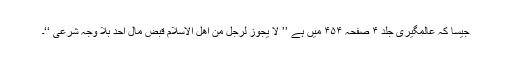
جیسا کہ عالمگیری جلد ۴ صفحہ ۴۵۴ میں ہے ’’ لا یجوز لرجل من اھل الاسلام قبض مال احد بلا وجہ شرعی ‘‘۔